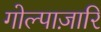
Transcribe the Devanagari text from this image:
गोल्पाज़ारि